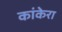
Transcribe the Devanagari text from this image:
कांकेरा